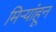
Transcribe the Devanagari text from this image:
मिऱ्यांहून